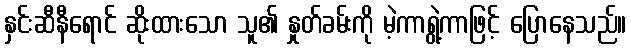
နှင်းဆီနီရောင် ဆိုးထားသော သူ၏ နှုတ်ခမ်းကို မဲ့ကာရွဲ့ကာဖြင့် ပြောနေသည်။